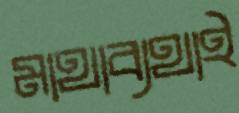
মাথাব্যথাই